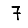
Digit: 7